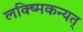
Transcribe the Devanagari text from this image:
लक्ष्मिकन्यत्